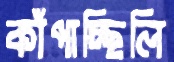
কাঁপাচ্ছিলি